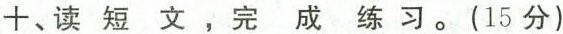
十、读短文，完成练习。(15分)